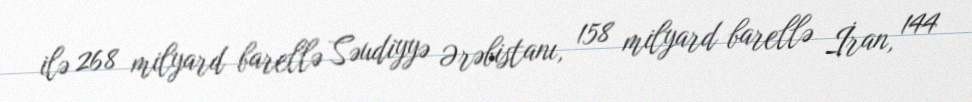
ilə 268 milyard barellə Səudiyyə Ərəbistanı, 158 milyard barellə İran, 144